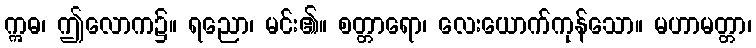
ဣဓ၊ ဤလောက၌။ ရညော၊ မင်း၏။ စတ္တာရော၊ လေးယောက်ကုန်သော။ မဟာမတ္တာ၊